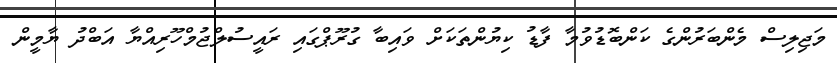
މަޖިލިސް މެންބަރުންގެ ކަންބޮޑުވުމާ ފާޑު ކިޔުންތަކަށް ވައިބާ ގުރޫޕްގައި ރައީސުލްޖުމްހޫރިއްޔާ އަބްދު ޔާމީން